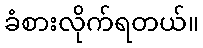
ခံစားလိုက်ရတယ်။